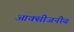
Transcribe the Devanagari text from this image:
आक्सीजनीय